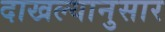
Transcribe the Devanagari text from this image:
दाखल्यानुसार